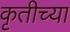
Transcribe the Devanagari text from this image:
कृतीच्या